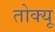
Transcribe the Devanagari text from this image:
तोक्यू